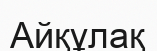
Айқұлақ